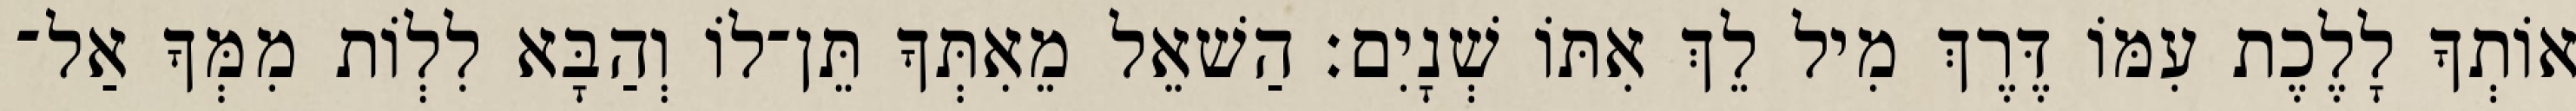
אוֹתְךָ לָלֶכֶת עִמּוֹ דֶּרֶךְ מִיל לֵךְ אִתּוֹ שְׁנָיִם׃ הַשׁאֵל מֵאִתְּךָ תֵּן־לוֹ וְהַבָּא לִלְוֹת מִמְּךָ אַל־